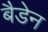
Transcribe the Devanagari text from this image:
बैडेन